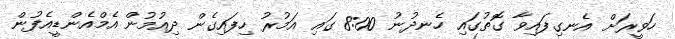
ހަވީރަށް އެނގިފައިވާ ގޮތުގައި ހެނދުނު 8:00 ގައި އަމުރު ހިފައިގެން ދިއުމުން އެމްއެންޑީއެފުން